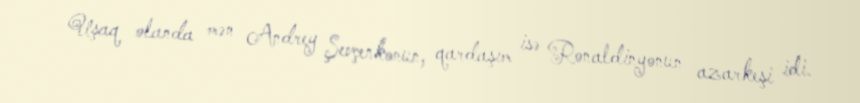
Uşaq olanda mən Andrey Şevçenkonun, qardaşım isə Ronaldinyonun azarkeşi idi.